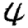
Digit: 4